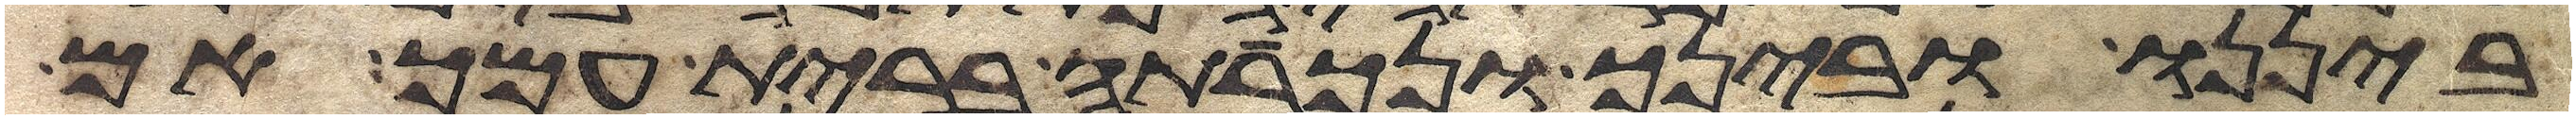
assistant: ביננו ובינך ונכרתה ברית עמך אם